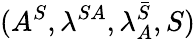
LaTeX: (A^{S},\lambda^{SA},\lambda_{A}^{\bar{S}},S)